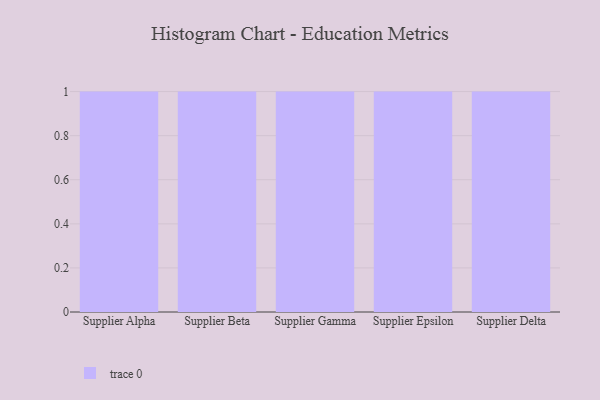
{"axis": {"x": "Supplier", "y": "Population (Million)"}, "legend": [""], "data": [{"x": "Supplier Alpha", "y": 74, "type": ""}, {"x": "Supplier Beta", "y": 75, "type": ""}, {"x": "Supplier Gamma", "y": 49, "type": ""}, {"x": "Supplier Epsilon", "y": 4, "type": ""}, {"x": "Supplier Delta", "y": 18, "type": ""}]}